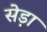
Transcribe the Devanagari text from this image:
सेड़ा